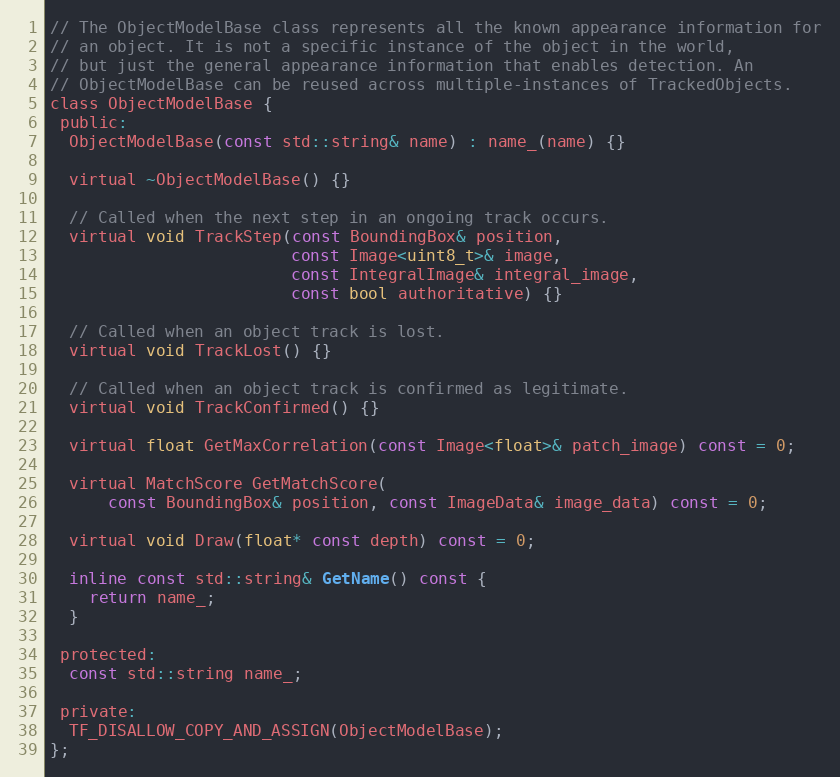
Language: C
// The ObjectModelBase class represents all the known appearance information for
// an object. It is not a specific instance of the object in the world,
// but just the general appearance information that enables detection. An
// ObjectModelBase can be reused across multiple-instances of TrackedObjects.
class ObjectModelBase {
 public:
  ObjectModelBase(const std::string& name) : name_(name) {}

  virtual ~ObjectModelBase() {}

  // Called when the next step in an ongoing track occurs.
  virtual void TrackStep(const BoundingBox& position,
                         const Image<uint8_t>& image,
                         const IntegralImage& integral_image,
                         const bool authoritative) {}

  // Called when an object track is lost.
  virtual void TrackLost() {}

  // Called when an object track is confirmed as legitimate.
  virtual void TrackConfirmed() {}

  virtual float GetMaxCorrelation(const Image<float>& patch_image) const = 0;

  virtual MatchScore GetMatchScore(
      const BoundingBox& position, const ImageData& image_data) const = 0;

  virtual void Draw(float* const depth) const = 0;

  inline const std::string& GetName() const {
    return name_;
  }

 protected:
  const std::string name_;

 private:
  TF_DISALLOW_COPY_AND_ASSIGN(ObjectModelBase);
};